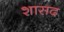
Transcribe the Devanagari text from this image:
शासद